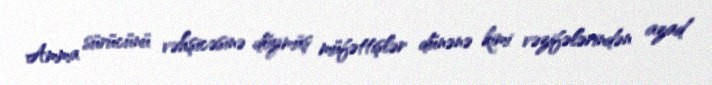
Amma sürücünü vəhşicəsinə döymüş müfəttişlər dünənə kimi vəzifələrindən azad